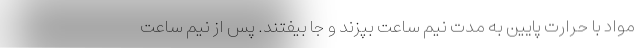
مواد با حرارت پایین به مدت نیم ساعت بپزند و جا بیفتند. پس از نیم ساعت